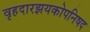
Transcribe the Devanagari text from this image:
वृहदारझयकोपनिषद